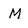
Character: M